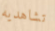
تشاهديه